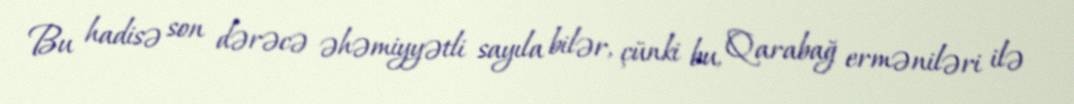
Bu hadisə son dərəcə əhəmiyyətli sayıla bilər, çünki bu, Qarabağ erməniləri ilə